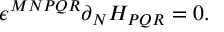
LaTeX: \epsilon ^ { M N P Q R } \partial _ { N } H _ { P Q R } = 0 .